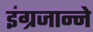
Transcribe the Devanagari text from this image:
इंग्रजान्ने